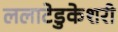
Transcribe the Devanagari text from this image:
ललाटेडुकेशरी